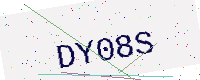
Text: DY08S